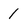
Character: 1